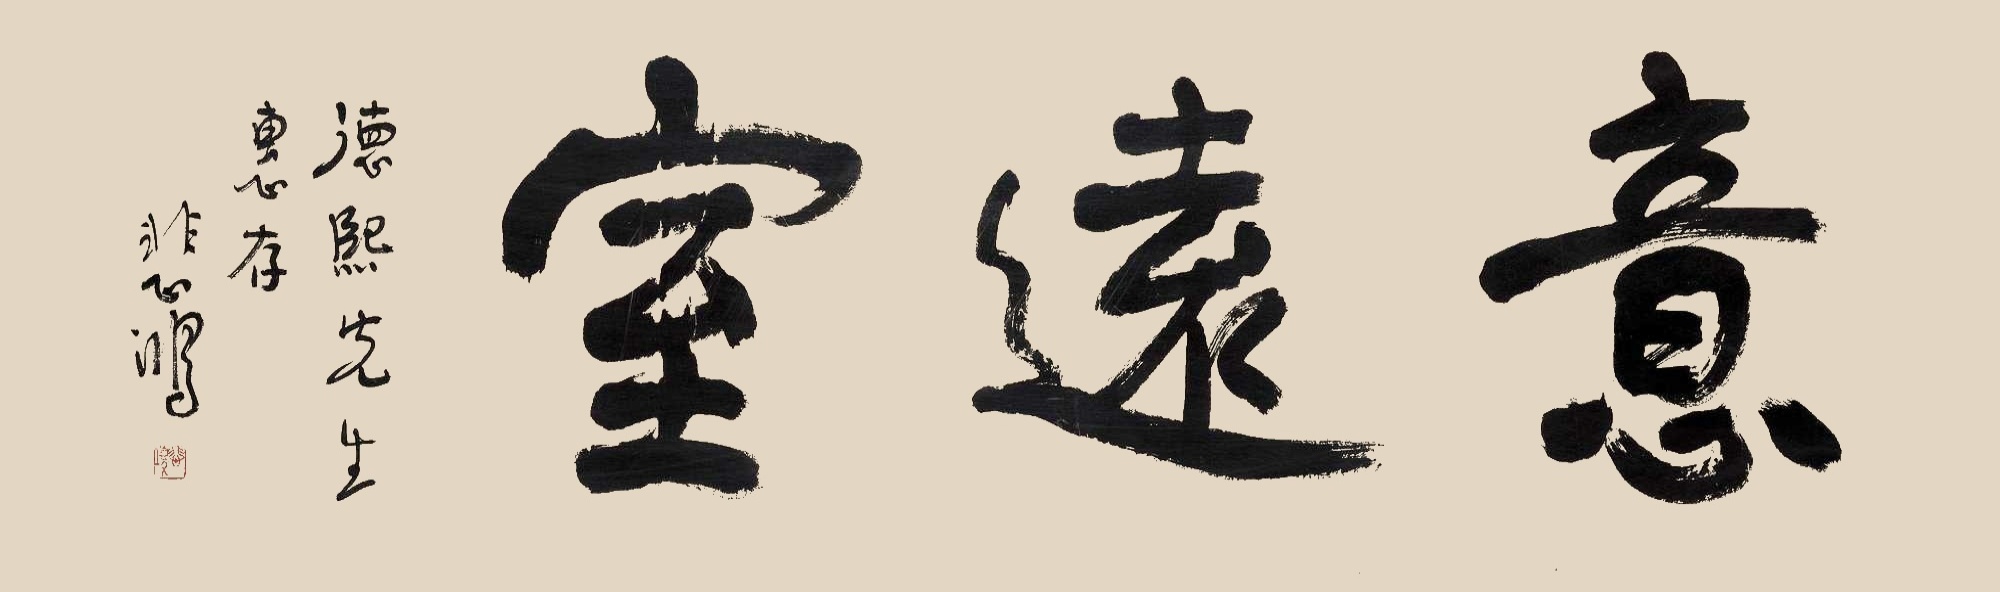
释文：意远室。德熙先生惠存，悲鸿。